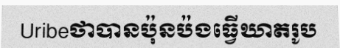
Uribeថាបានប៉ុនប៉ងធ្វើឃាតរូប